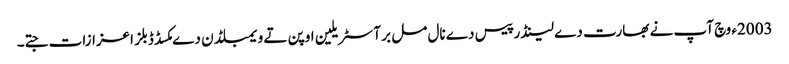
2003ء وچ آپ نے بھارت دے لینڈر پیس دے نال مل بر آسٹریلین اوپن تے ویمبلڈن دے مکسڈ ڈبلز اعزازات جتے۔